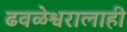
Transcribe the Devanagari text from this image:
ढवळेश्वरालाही